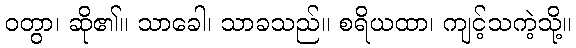
ဝတွာ၊ ဆို၏။ သာခေါ၊ သာခသည်။ စရိယထာ၊ ကျင့်သကဲ့သို့။